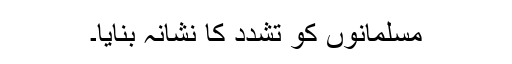
مسلمانوں کو تشدد کا نشانہ بنایا۔